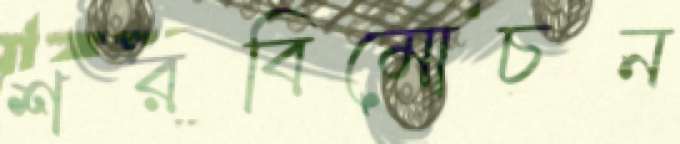
শরবিমোচন